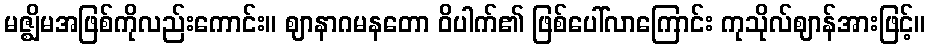
မဇ္ဈိမအဖြစ်ကိုလည်းကောင်း။ ဈာနာဂမနတော ဝိပါက်၏ ဖြစ်ပေါ်လာကြောင်း ကုသိုလ်ဈာန်အားဖြင့်။